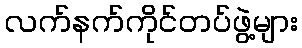
လက်နက်ကိုင်တပ်ဖွဲ့များ